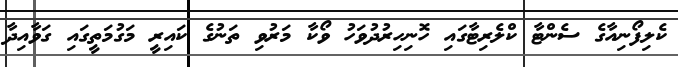
ކެލިފޯނިއާގެ ސެންޓާ ކްލެރިޓާގައި ހޮނިހިރުދުވަހު ވޯކާ މަރުވި ތަނުގެ ކައިރީ މަގުމަތީގައި ގަވާއިދާ